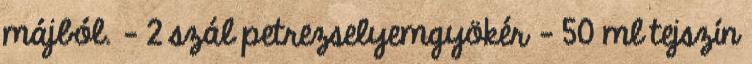
májból. - 2 szál petrezselyemgyökér - 50 ml tejszín